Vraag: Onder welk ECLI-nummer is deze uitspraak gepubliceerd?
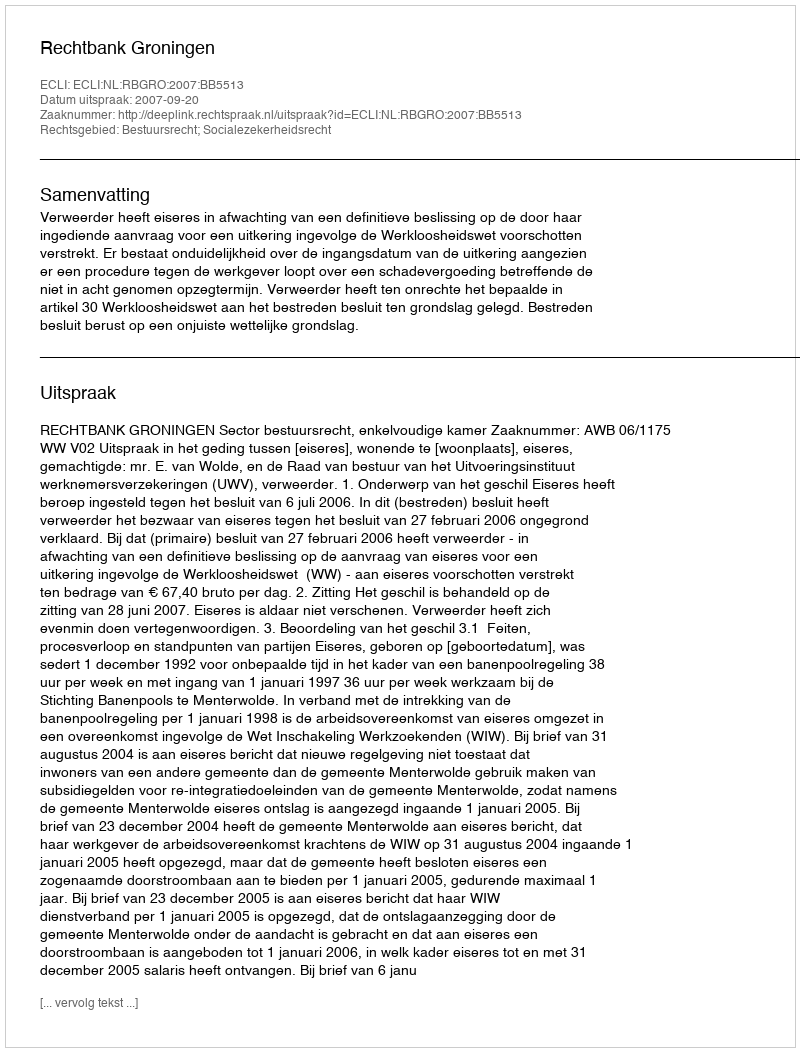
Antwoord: ECLI:NL:RBGRO:2007:BB5513